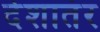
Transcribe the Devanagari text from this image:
देशातंर